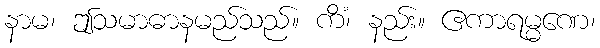
နာမ၊ ဤသမာဓာနမည်သည်။ ကိံ၊ နည်း။ ဧကာရမ္မဏေ၊